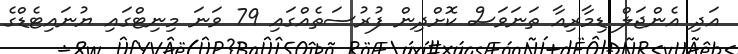
އަދި އެންޖަލް ޑިމާރިއާ ތަނަވަސް ކޮށްދިން ފުރުސަތެއްގައި 79 ވަނަ މިނިޓްގައި ޔުނައިޓެޑްގެ